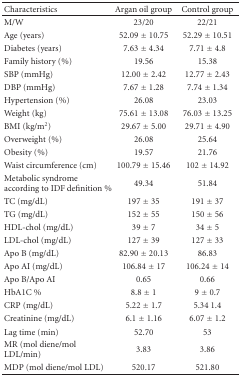
<table><thead><tr><td><b>Characteristics</b></td><td><b>Argan oil group</b></td><td><b>Control group</b></td></tr></thead><tbody><tr><td>M/W</td><td>23/20</td><td>22/21</td></tr><tr><td>Age (years)</td><td>52.09 ± 10.75</td><td>52.29 ± 10.51</td></tr><tr><td>Diabetes (years)</td><td>7.63 ± 4.34</td><td>7.71 ± 4.8</td></tr><tr><td>Family history (%)</td><td>19.56</td><td>15.38</td></tr><tr><td>SBP (mmHg)</td><td>12.00 ± 2.42</td><td>12.77 ± 2.43</td></tr><tr><td>DBP (mmHg)</td><td>7.67 ± 1.28</td><td>7.74 ± 1.34</td></tr><tr><td>Hypertension (%)</td><td>26.08</td><td>23.03</td></tr><tr><td>Weight (kg)</td><td>75.61 ± 13.08</td><td>76.03 ± 13.25</td></tr><tr><td>BMI (kg/m<sup>2</sup>)</td><td>29.67 ± 5.00</td><td>29.71 ± 4.90</td></tr><tr><td>Overweight (%)</td><td>26.08</td><td>25.64</td></tr><tr><td>Obesity (%)</td><td>19.57</td><td>21.76</td></tr><tr><td>Waist circumference (cm)</td><td>100.79 ± 15.46</td><td>102 ± 14.92</td></tr><tr><td>Metabolic syndrome according to IDF definition %</td><td>49.34</td><td>51.84</td></tr><tr><td>TC (mg/dL)</td><td>197 ± 35</td><td>191 ± 37</td></tr><tr><td>TG (mg/dL)</td><td>152 ± 55</td><td>150 ± 56</td></tr><tr><td>HDL-chol (mg/dL)</td><td>39 ± 7</td><td>34 ± 5</td></tr><tr><td>LDL-chol (mg/dL)</td><td>127 ± 39</td><td>127 ± 33</td></tr><tr><td>Apo B (mg/dL)</td><td>82.90 ± 20.13</td><td>86.83</td></tr><tr><td>Apo AI (mg/dL)</td><td>106.84 ± 17</td><td>106.24 ± 14</td></tr><tr><td>Apo B/Apo AI</td><td>0.65</td><td>0.66</td></tr><tr><td>HbA1C %</td><td>8.8 ± 1</td><td>9 ± 0.7</td></tr><tr><td>CRP (mg/dL)</td><td>5.22 ± 1.7</td><td>5.34 ± 1.4</td></tr><tr><td>Creatinine (mg/dL)</td><td>6.1 ± 1.16</td><td>6.07 ± 1.2</td></tr><tr><td>Lag time (min)</td><td>52.70</td><td>53</td></tr><tr><td>MR (mol diene/mol LDL/min)</td><td>3.83</td><td>3.86</td></tr><tr><td>MDP (mol diene/mol LDL)</td><td>520.17</td><td>521.80</td></tr></tbody></table>